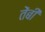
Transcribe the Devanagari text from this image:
तेंबी